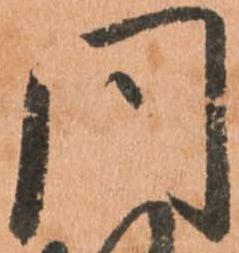
同